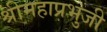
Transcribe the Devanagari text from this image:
श्रीमहाप्रभुजी